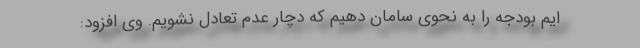
ایم بودجه را به نحوی سامان دهیم که دچار عدم تعادل نشویم. وی افزود: